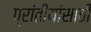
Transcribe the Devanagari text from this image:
प्रांतीयांसाठी